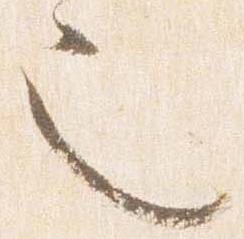
也